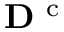
{ \bf D } ^ { \mathrm { ~ c ~ } }